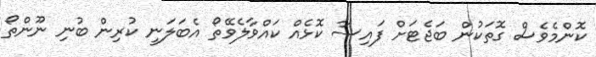
ކޮންމެވެސް ގޮތަކުން ބަޖެޓަށް ފައިސާ ކޮޅެއް ކައްވާލެވޭތޯ އެބަލަނީ ކުރިން ބުނި ނޫންތޯ